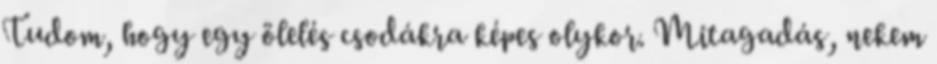
Tudom, hogy egy ölelés csodákra képes olykor. Mitagadás, nekem